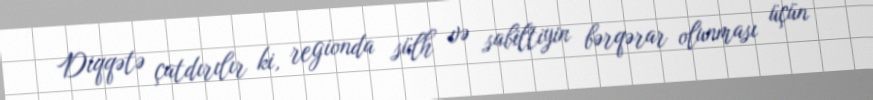
Diqqətə çatdırılır ki, regionda sülh və sabiltiyin bərqərar olunması üçün